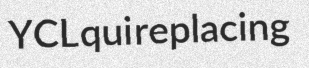
YCL qui replacing